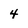
Character: 4